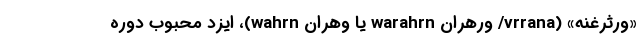
«ورثرغنه» (vrrana/ وَرَهران warahrn یا وَهران wahrn)، ایزد محبوب دوره